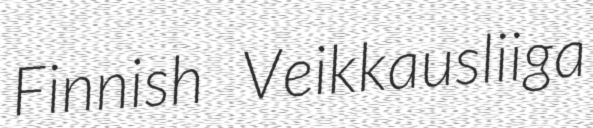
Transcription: Finnish Veikkausliiga